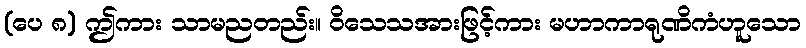
(ပေ ၈) ဤကား သာမညတည်း။ ဝိသေသအားဖြင့်ကား မဟာကာရုဏိကံဟူသော